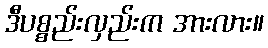
ဒီပစ္စည်းလှည်းက အားလား။